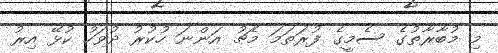
މި މުބާރާތުގެ ސެމީގެ ފުރަތަމަ މެޗު އަންނަ ހުކުރު ދުވަހު ކުޅޭ އިރު